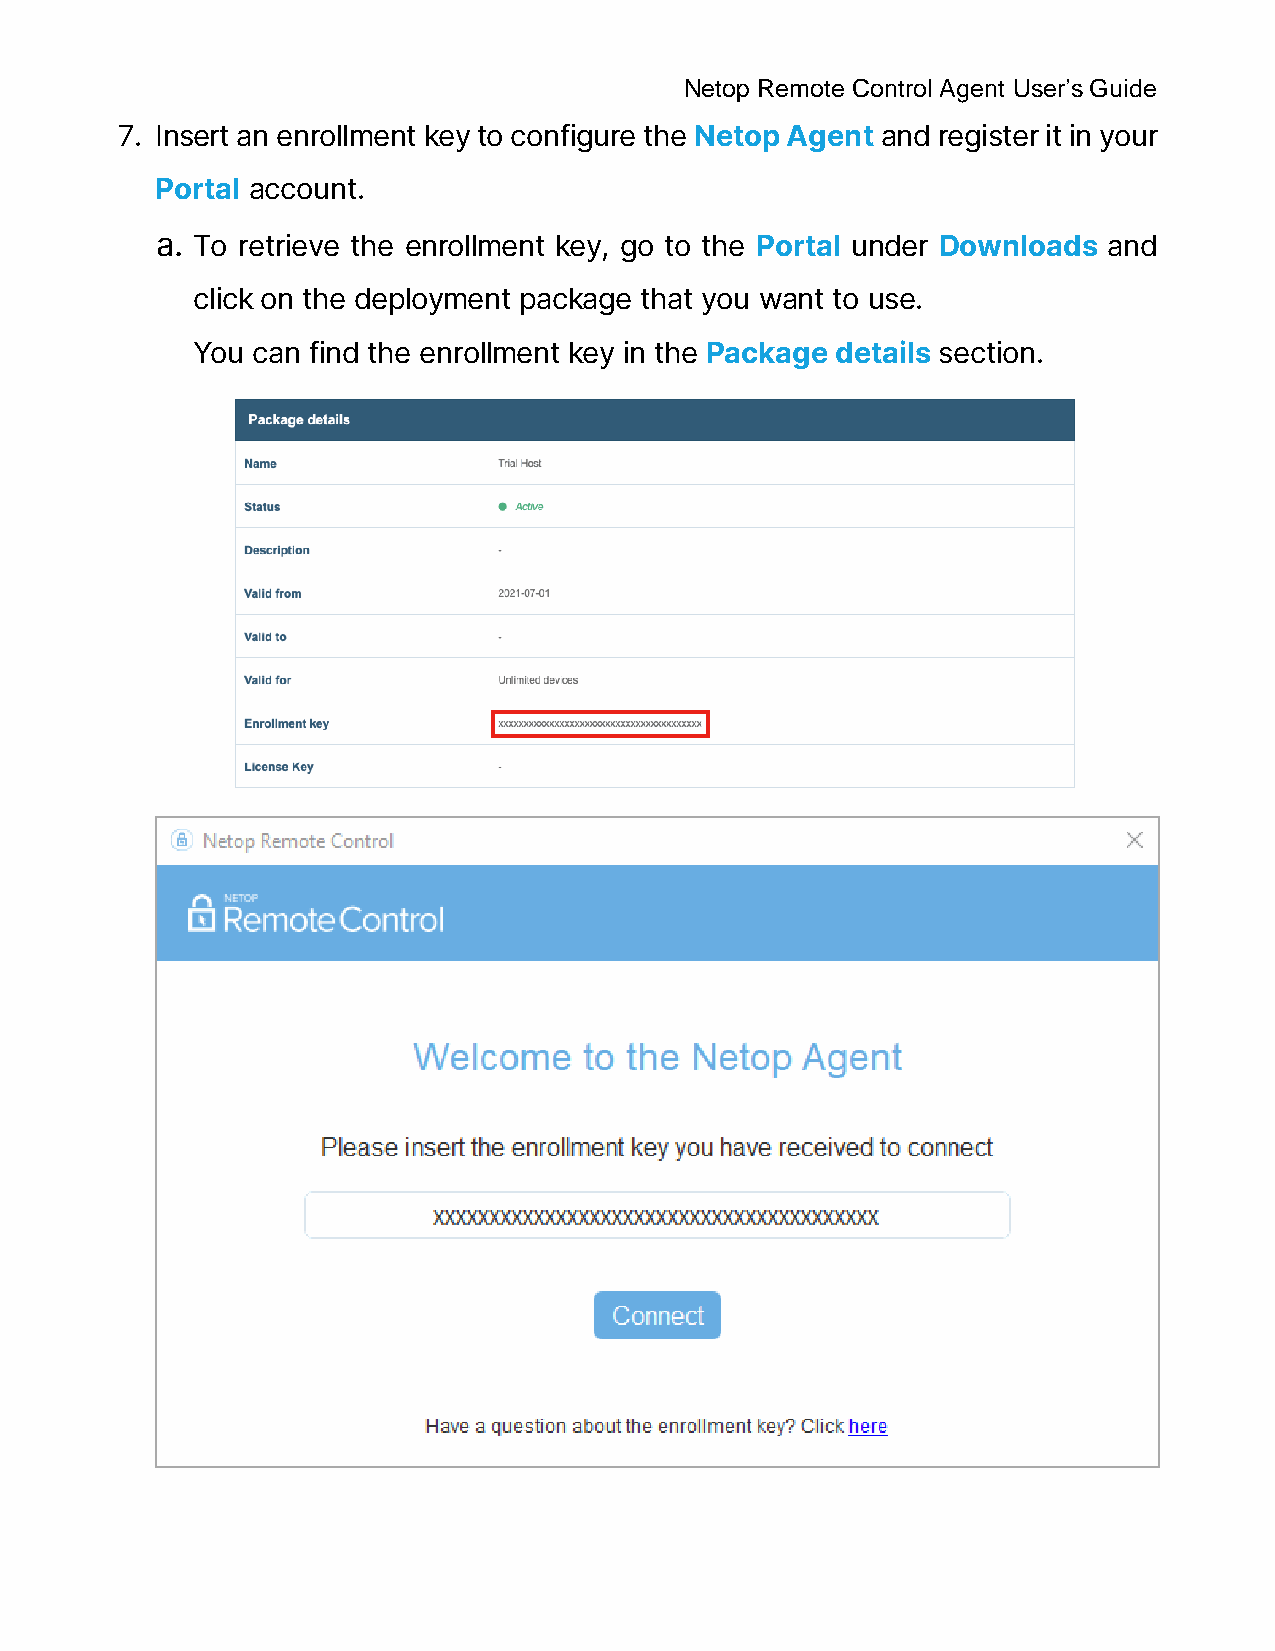
Netop Remote Control Agent User’s Guide
 7. Insert an enrollment key to configure the Netop Agent and register it in your
 Portal account.
 a. To retrieve the enrollment key, go to the Portal under Downloads and
 click on the deployment package that you want to use.
 You can find the enrollment key in the Package details section.